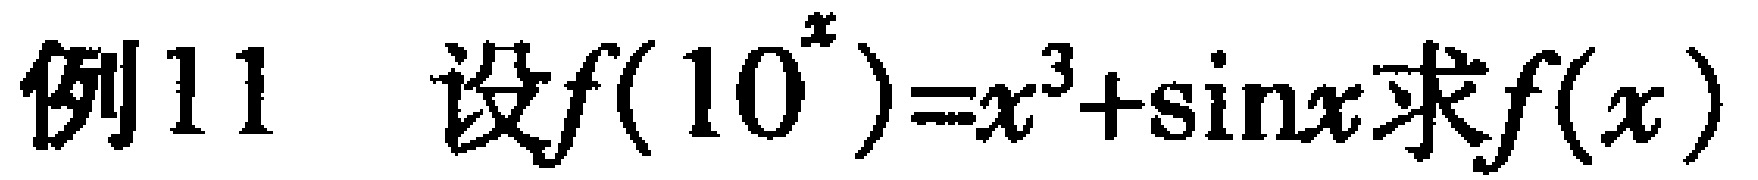
例11 设\(f(10^{x}) = x^{3}+\sin x\)求\(f(x)\)